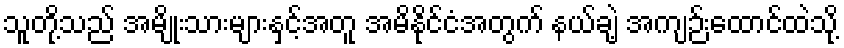
သူတို့သည် အမျိုးသားများနှင့်အတူ အမိနိုင်ငံအတွက် နယ်ချဲ့ အကျဉ်းထောင်ထဲသို့